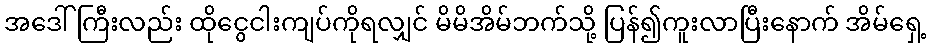
အဒေါ်ကြီးလည်း ထိုငွေငါးကျပ်ကိုရလျှင် မိမိအိမ်ဘက်သို့ ပြန်၍ကူးလာပြီးနောက် အိမ်ရှေ့